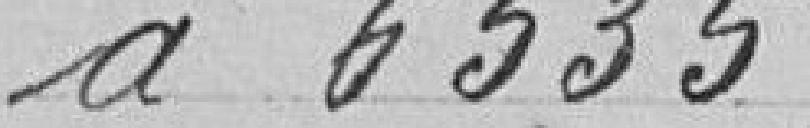
à 6.535,45 francs